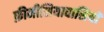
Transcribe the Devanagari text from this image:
फ़ीनीशियावासियों